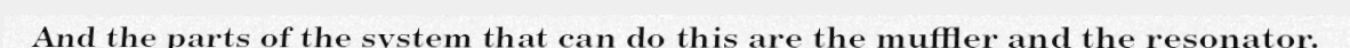
And the parts of the system that can do this are the muffler and the resonator.